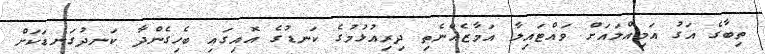
ތިބާގެ އަގު އަމިއްލައަށް ވައްޓައިލާ އަމާޒެއްނެތި ދިރިއުޅުމުގެ ކަނޑުގެ އޮއިގައި ބެހިގެންދާ ކަނދުގަނޑަކަށް